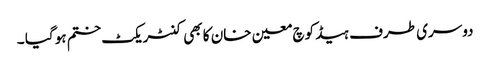
دوسری طرف ہیڈ کوچ معین خان کا بھی کنٹریکٹ ختم ہو گیا ۔